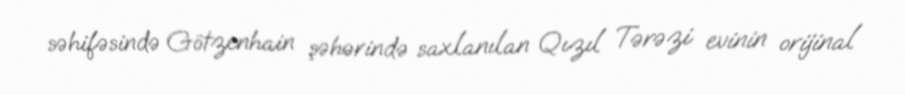
səhifəsində Götzenhain şəhərində saxlanılan Qızıl Tərəzi evinin orijinal